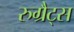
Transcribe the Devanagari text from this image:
रुग्रैट्स